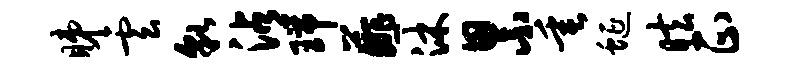
睇云貌沾瑞薤沐累垂蜒眩正